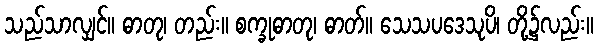
သည်သာလျှင်။ ဓာတု၊ တည်း။ စက္ခုဓာတု၊ ဓာတ်။ သေသပဒေသုပိ၊ တို့၌လည်း။